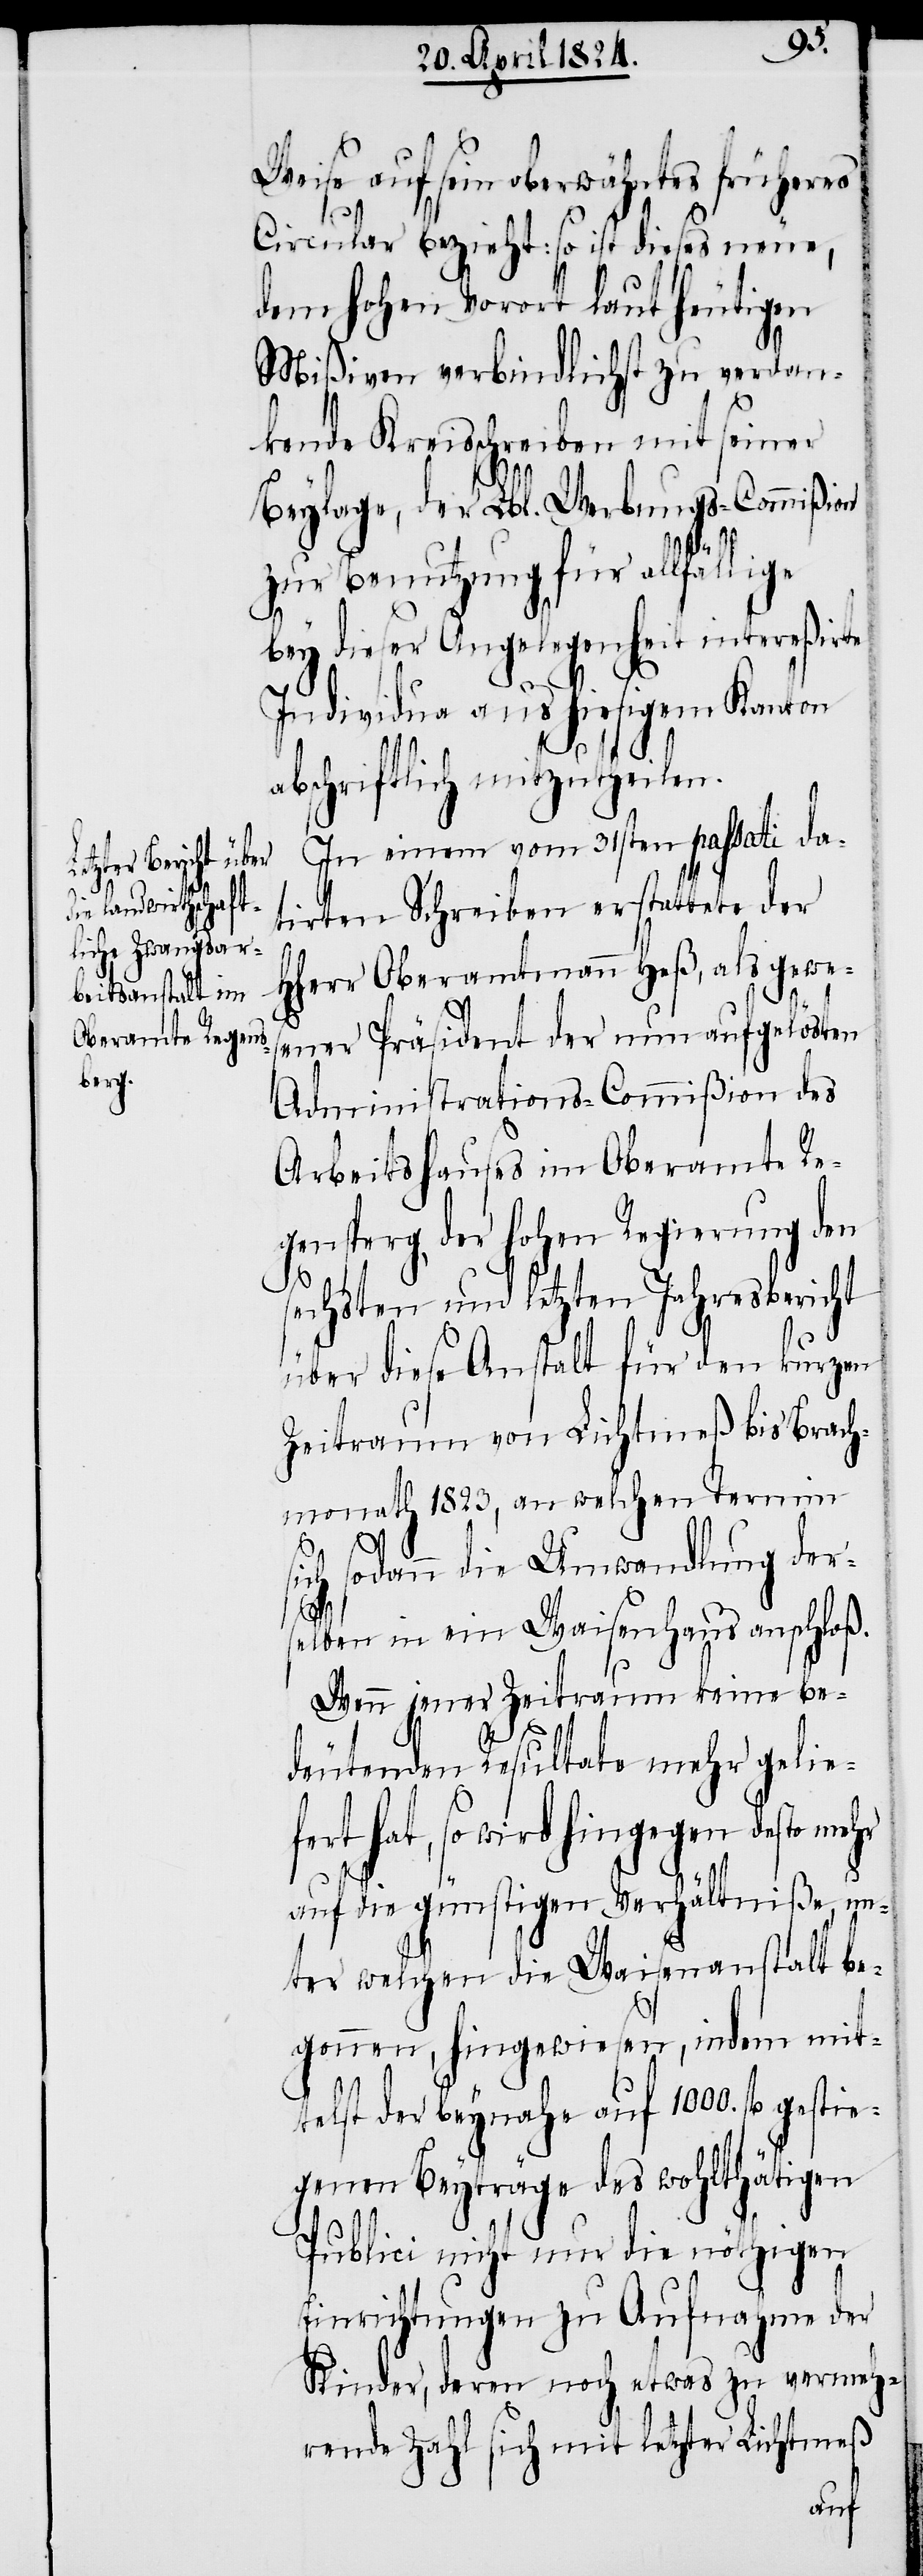
gens¬
Weise auf sein oberwähntes früheres
Circular bezieht: so ist dieses neue,
dem hohen Vorort laut heutigen
Mißiven verbindlichst zu verdan¬
kende Kreisschreiben mit seiner
Beylage, der Lbl. Werbungs-Commißion
zur Benutzung für allfällige
bey dieser Angelegenheit intereßirte
Individua aus hiesigem Kanton
abschriftlich mitzutheilen.
fe¬
In einem vom 31sten passati da¬
tirten Schreiben erstattete der
HHerr Oberamtmann Heß, als gewe¬
sener Präsident der nun aufgelösten
Administrations-Commißion des
Arbeitshauses im Oberamte Re¬
perg, der hohen Regierung den
sechsten und letzten Jahresbericht
über diese Anstalt für den kurzen
Zeitraum von Lichtmeß bis Brach¬
monath 1823, an welchen Termin
sich sodann die Umwandlung der¬
selben in ein Waisenhaus anschloß.
Wenn jener Zeitraum keine be¬
deutenden Resultate mehr gelie¬
rt hat, so wird hingegen desto
auf die günstigen Verhältniße, un¬
ter welchen die Waisenanstalt be¬
gonnen, hingewiesen, indem mit¬
telst der beynahe auf 1000. fl. ge¬
stiegene Beyträge des wohlthätigen
Publici nicht nur die nöthigen
Einrichtungen zu Aufnahme der
Kinder, deren noch etwas zu vermeh¬
rende Zahl sich mit letzter Lichtmeß